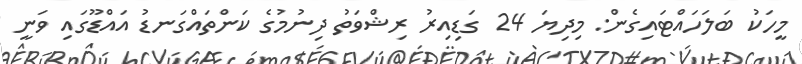
މީހަކު ބަލަހައްޓައިގެން: މިދިޔަ 24 ގަޑިއިރު ރިޝްވަތު ދިނުމުގެ ކަންތައްގަނޑު އައްޑޫގައި ވަނީ